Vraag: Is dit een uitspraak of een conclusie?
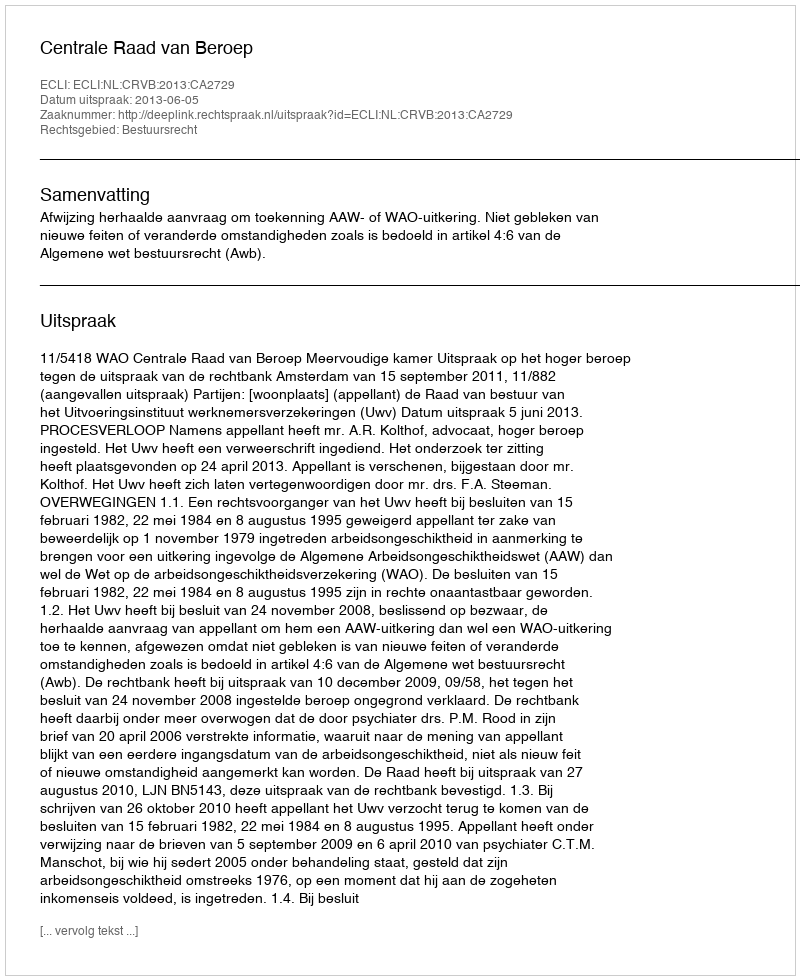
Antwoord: Uitspraak